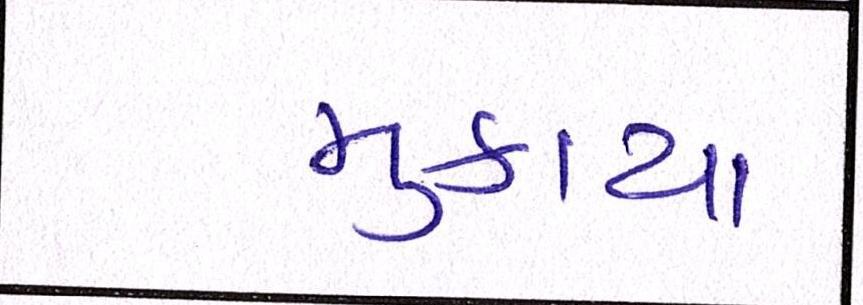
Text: મુકાયા